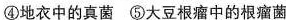
④地衣中的真菌⑤大豆根瘤中的根瘤菌